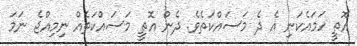
އޮތީ ހަމައެކަނި އެ ދެ މަސައްކަތެވެ. ދެން އޮތީ މަސައްކަތެއް ނިމިއްޖެ ނަމަ